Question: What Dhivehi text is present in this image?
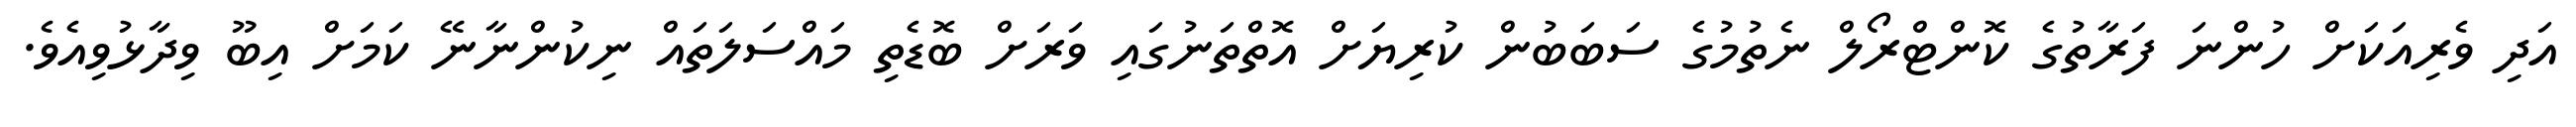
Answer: އަދި ވެރިއަކަށް ހުންނަ ފަރާތުގެ ކޮންޓްރޯލް ނެތުމުގެ ސަބަބުން ކުރިޔަށް އޮތްތަނުގައި ވަރަށް ބޮޑެތި މައްސަލަތައް ނިކުންނާނޭ ކަމަށް އިބޫ ވިދާޅުވިއެވެ.